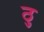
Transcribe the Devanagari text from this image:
ठु